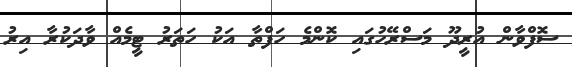
ސޮފްވާން އުރީދޫ މަސްރޭހުގައި ކޮންމެ ހަފްތާ އަކު ހަތަރު ޓީމެއް ވާދަކުރާ އިރު